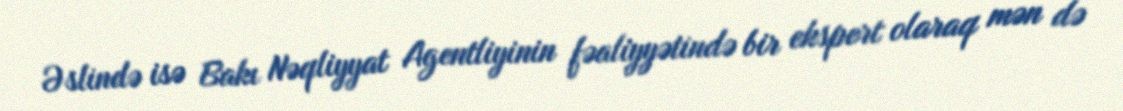
Əslində isə Bakı Nəqliyyat Agentliyinin fəaliyyətində bir ekspert olaraq mən də